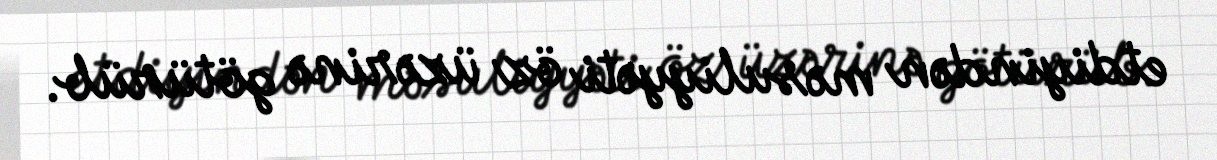
etdiyindən məsuliyyəti öz üzərinə götürüb.